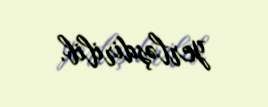
yerləşdirilib.